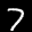
Label: 7